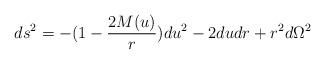
LaTeX: \begin{align*}ds^2=-(1-\frac {2M(u)} r)du^2-2dudr+r^2d\Omega ^2 \end{align*}